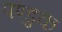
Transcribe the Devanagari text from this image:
पण्डुक